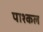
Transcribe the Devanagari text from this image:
पाश्कल